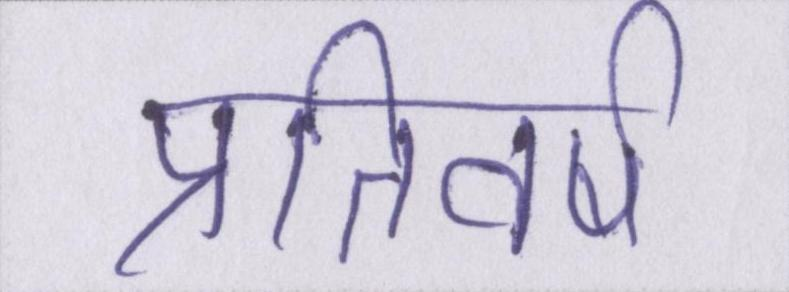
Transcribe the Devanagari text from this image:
प्रतिवर्ष